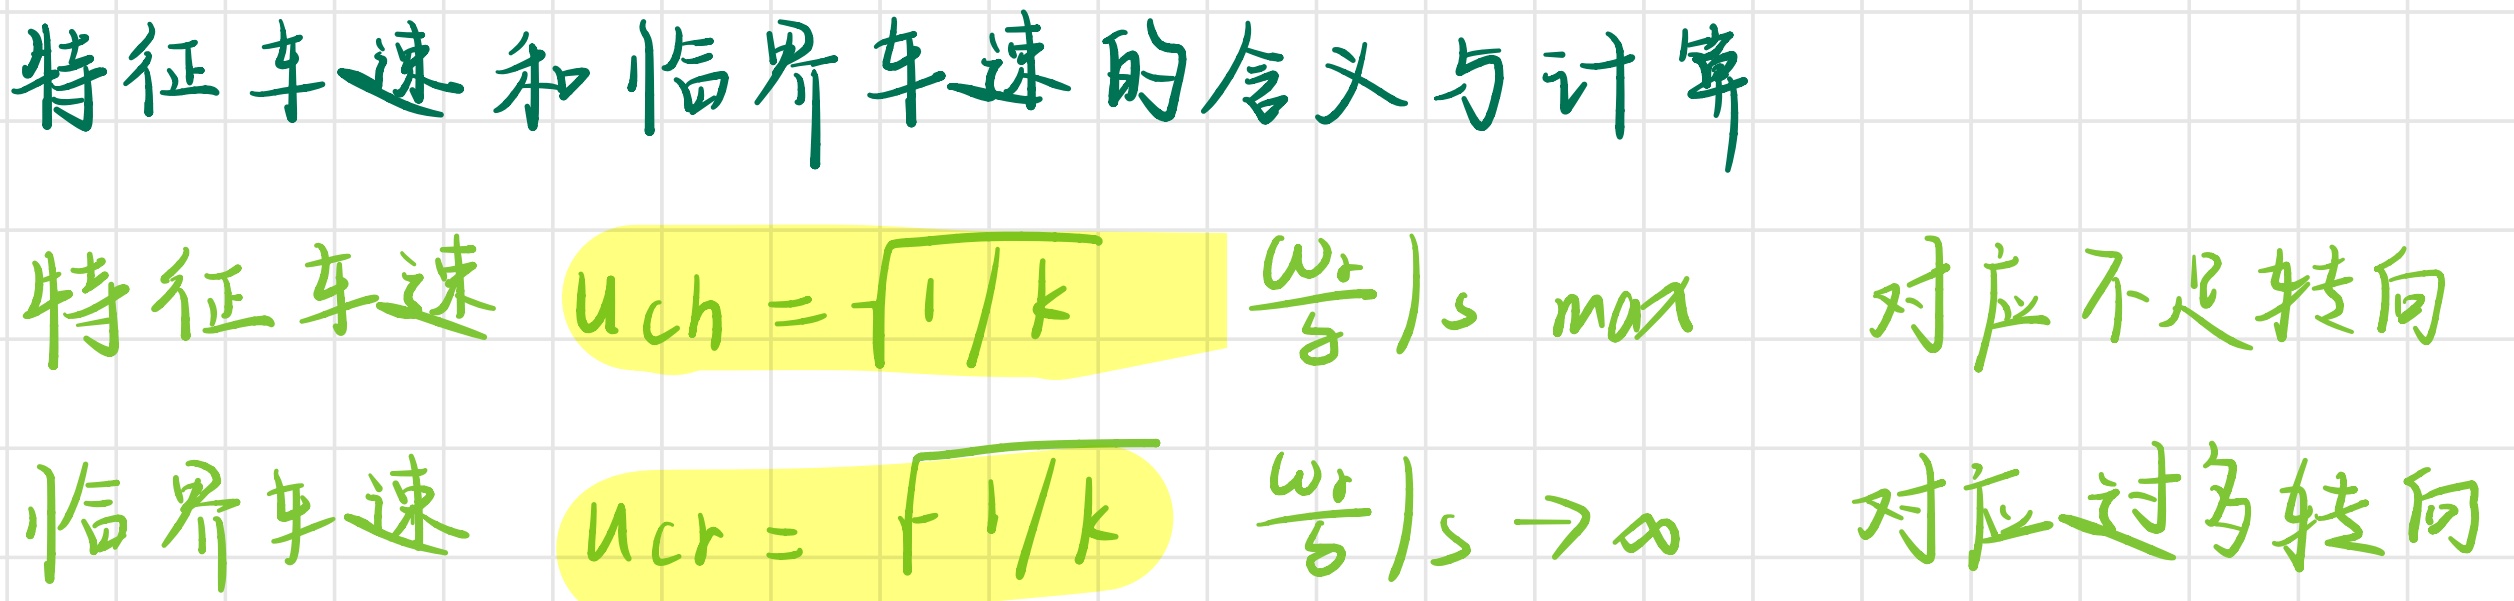
特征车速和临界车速的含义与计算

特征车速 $u_{ch}=\sqrt{1/k}$ $\left.\frac{\omega_{r}}{\delta}\right|_{s \ max}$ 对应不足转向

临界车速 $u_{cr}=\sqrt{1/k}$ $\left.\frac{\omega_{r}}{\delta}\right|_{s \to \infty}$ 对应过多转向